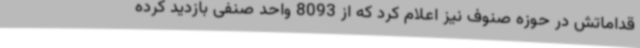
قداماتش در حوزه صنوف نیز اعلام کرد که از 8093 واحد صنفی بازدید کرده